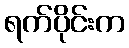
ရက်ပိုင်းက